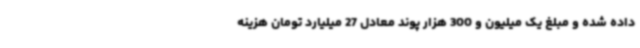
داده شده و مبلغ یک میلیون و 300 هزار پوند معادل 27 میلیارد تومان هزینه